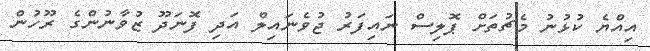
އިއްޔެ ކުޅުނު މެޗުތަށް ޕޮލިސް ނައިފަރު ޖުވެނައިލް އަދި ފޮނަދޫ ޒުވާނުންގެ ރޫހުން